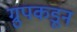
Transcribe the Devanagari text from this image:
ग्रुपकडून